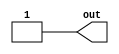
module GeneratorSigned1(out);
	output wire signed out;
	assign out = 1;
endmodule